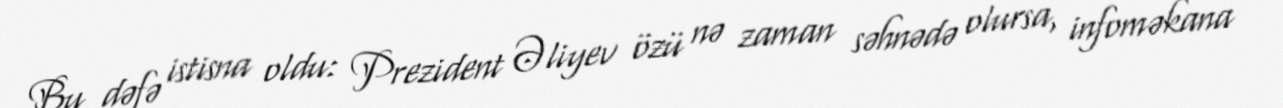
Bu dəfə istisna oldu: Prezident Əliyev özü nə zaman səhnədə olursa, infoməkana